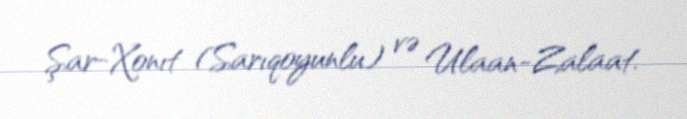
Şar-Xonıt (Sarıqoyunlu) və Ulaan-Zalaat.